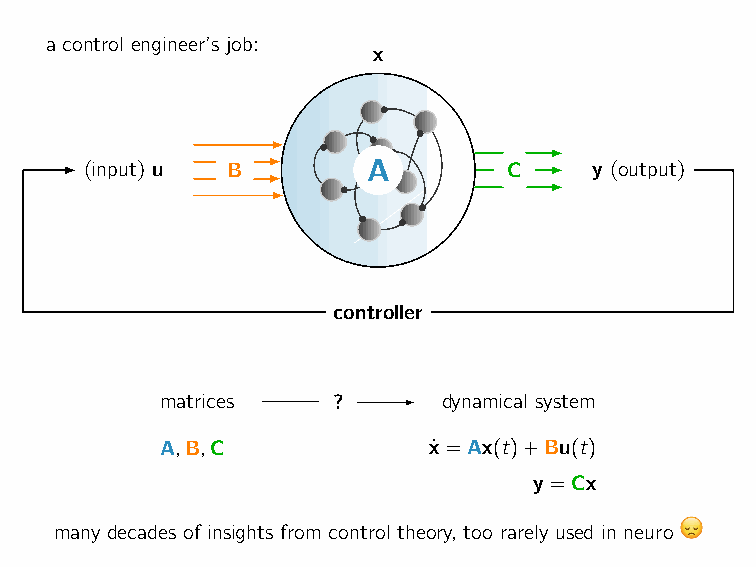
a control engineer’s job:
 x
 (input) u B       A         C    y (output)
 controller
 matrices   ?      dynamical system
 A,B,C            x˙ =Ax(t)+Bu(t)
 y=Cx
 many decades of insights from control theory, too rarely used in neuro